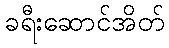
ခရီးဆောင်အိတ်